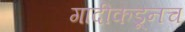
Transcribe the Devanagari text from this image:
गादीकडूनच